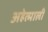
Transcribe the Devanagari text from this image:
अहेत्माली